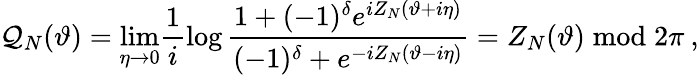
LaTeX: {\cal Q}_{N}(\vartheta)=\mathop{\operatorname*{lim}}_{\eta\rightarrow 0}\frac{1}{i}\log\frac{1+(-1)^{\delta}e^{iZ_{N}(\vartheta+i\eta)}}{(-1)^{\delta}+e^{-iZ_{N}(\vartheta-i\eta)}}=Z_{N}(\vartheta)\bmod 2\pi\: ,